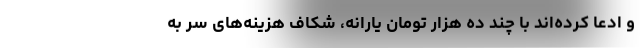
و ادعا کرده‌اند با چند ده هزار تومان یارانه، شکاف هزینه‌های سر به